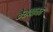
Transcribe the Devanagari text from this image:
केशववामन